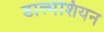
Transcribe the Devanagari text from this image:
डाल्मेशियन